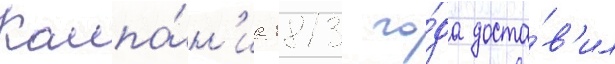
Кампа́н'иа 1813 го́да доста́в'ил